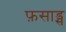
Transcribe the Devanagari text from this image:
फ़साड्स